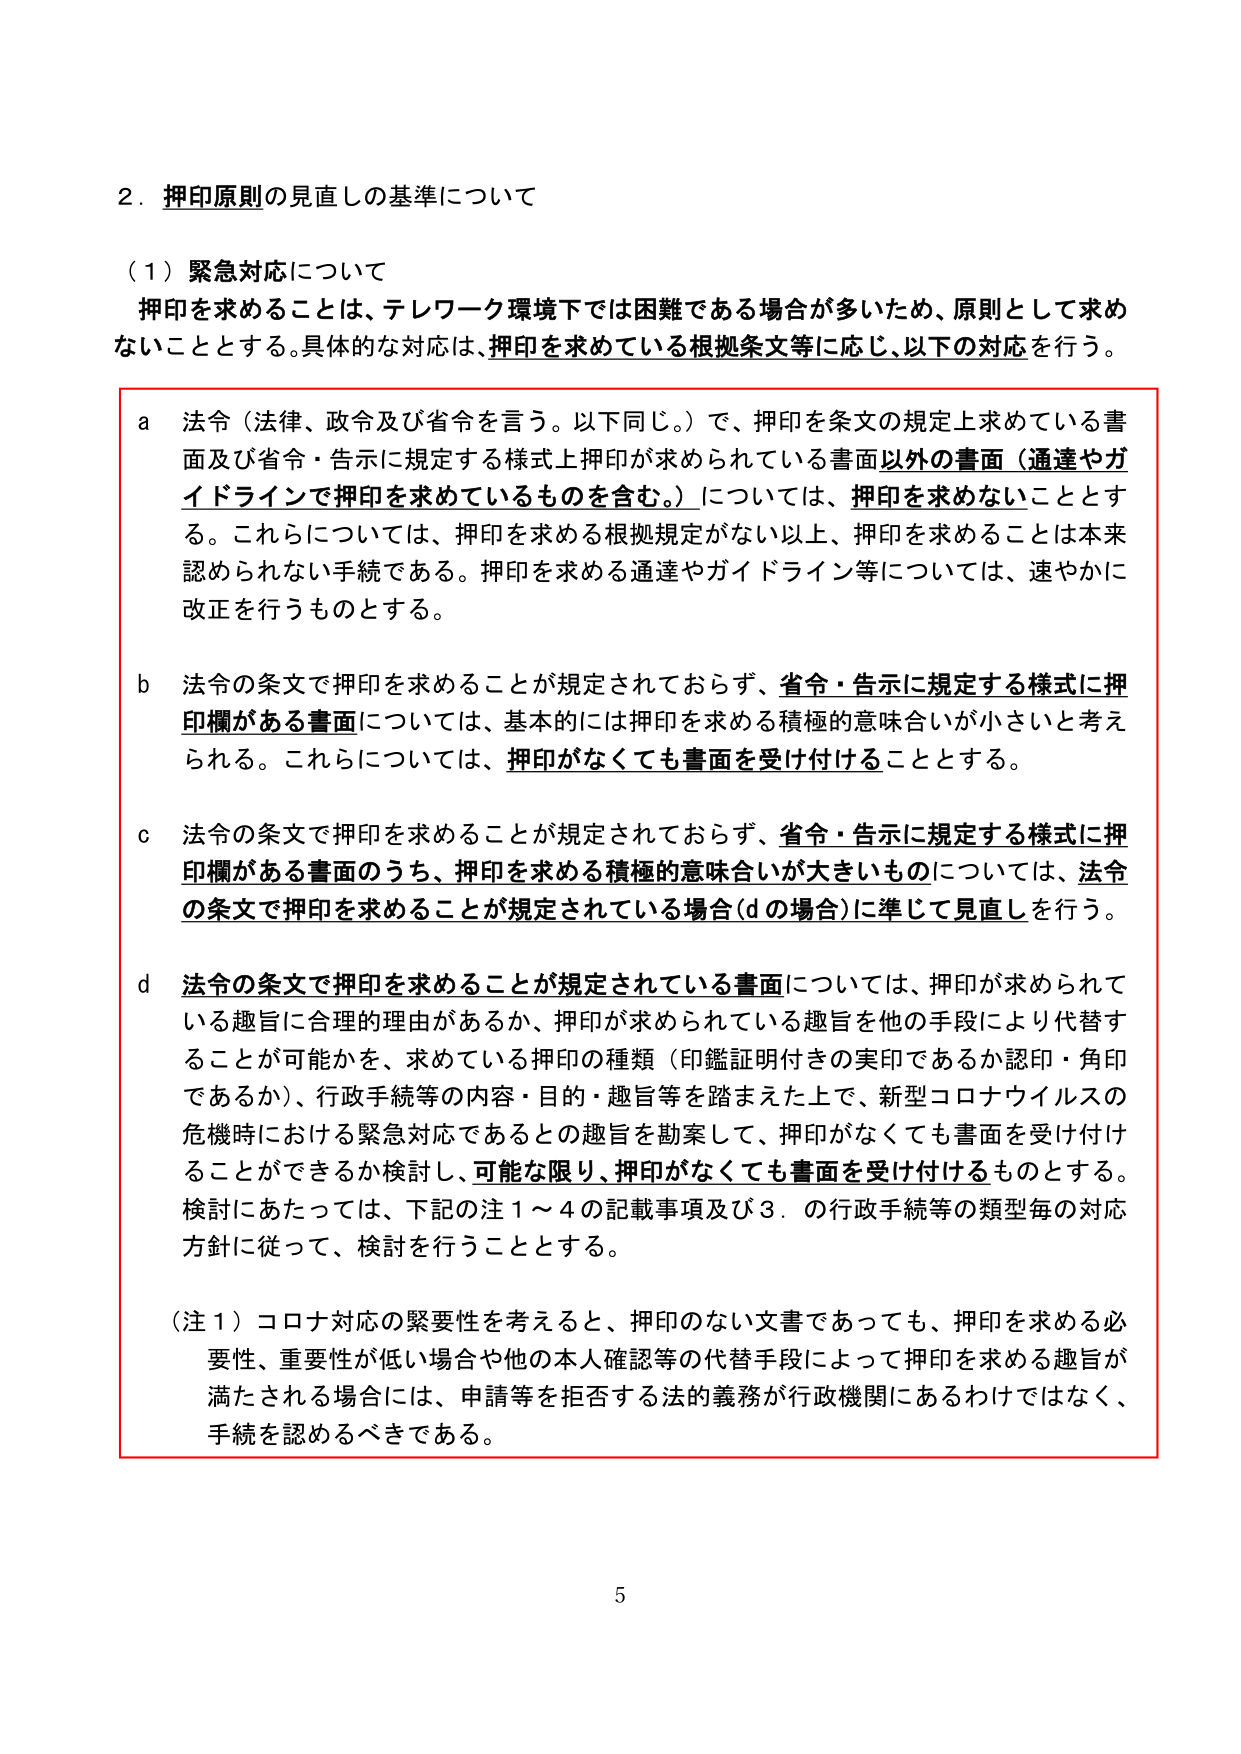
2．押印原則の見直しの基準について

（1）緊急対応について
押印を求めることは、テレワーク環境下では困難である場合が多いため、原則として求めないこととする。具体的な対応は、押印を求めている根拠条文等に応じ、以下の対応を行う。

a 法令（法律、政令及び省令を言う。以下同じ。）で、押印を条文の規定上求めている書面及び省令・告示に規定する様式上押印が求められている書面以外の書面（通達やガイドラインで押印を求めているものを含む。）については、押印を求めないこととする。これらについては、押印を求める根拠規定がない以上、押印を求めることは本来認められない手続である。押印を求める通達やガイドライン等については、速やかに改正を行うものとする。

b 法令の条文で押印を求めることが規定されておらず、省令・告示に規定する様式に押印欄がある書面については、基本的には押印を求める積極的意味合いが小さいと考えられる。これらについては、押印がなくても書面を受け付けることとする。

c 法令の条文で押印を求めることが規定されておらず、省令・告示に規定する様式に押印欄がある書面のうち、押印を求める積極的意味合いが大きいものについては、法令の条文で押印を求めることが規定されている場合（dの場合）に準じて見直しを行う。

d 法令の条文で押印を求めることが規定されている書面については、押印が求められている趣旨に合理的理由があるか、押印が求められている趣旨を他の手段により代替することが可能かを、求めている押印の種類（印鑑証明付きの実印であるか認印・角印であるか）、行政手続等の内容・目的・趣旨等を踏まえた上で、新型コロナウイルスの危機時における緊急対応であるとの趣旨を勘案して、押印がなくても書面を受け付けることができるか検討し、可能な限り、押印がなくても書面を受け付けるものとする。検討にあたっては、下記の注1～4の記載事項及び3．の行政手続等の類型毎の対応方針に従って、検討を行うこととする。

（注1）コロナ対応の緊要性を考えると、押印のない文書であっても、押印を求める必要性、重要性が低い場合や他の本人確認等の代替手段によって押印を求める趣旨が満たされる場合には、申請等を拒否する法的義務が行政機関にあるわけではなく、手続を認めるべきである。

5